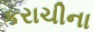
કરાચીના